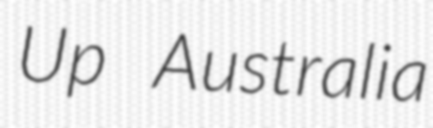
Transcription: Up Australia